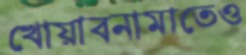
খোয়াবনামাতেও